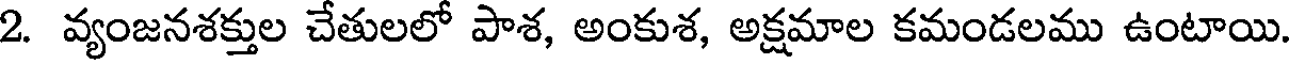
2. వ్యంజనశక్తుల చేతులలో పాశ, అంకుశ, అక్షమాల కమండలము ఉంటాయి.